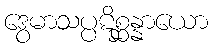
ဒွေမာသပ္ပဋိစ္ဆန္နာယော